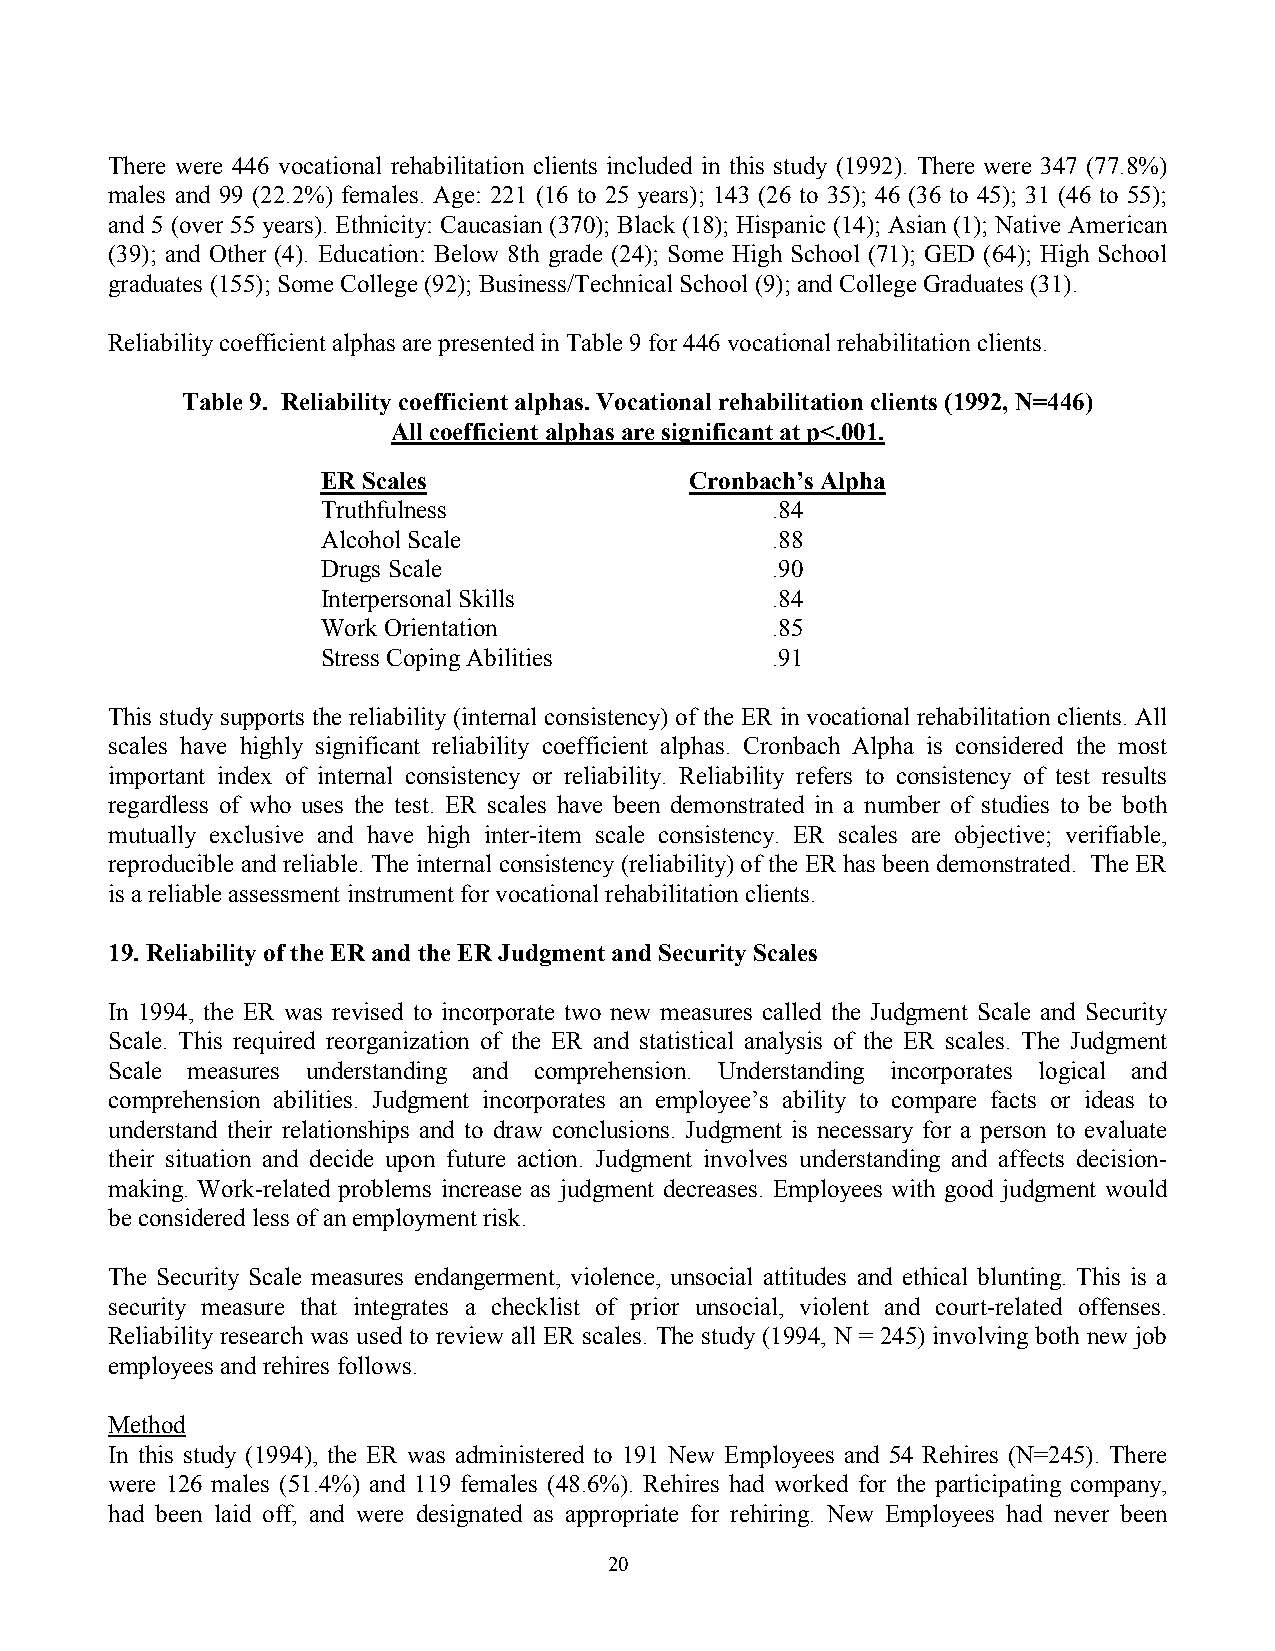
There were 446 vocational rehabilitation clients included in this study (1992). There were 347 (77.8%)
 males and 99 (22.2%) females. Age: 221 (16 to 25 years); 143 (26 to 35); 46 (36 to 45); 31 (46 to 55);
 and 5 (over 55 years). Ethnicity: Caucasian (370); Black (18); Hispanic (14); Asian (1); Native American
 (39); and Other (4). Education: Below 8th grade (24); Some High School (71); GED (64); High School
 graduates (155); Some College (92); Business/Technical School (9); and College Graduates (31).
 Reliability coefficient alphas are presented in Table 9 for 446 vocational rehabilitation clients.
 Table 9. Reliability coefficient alphas. Vocational rehabilitation clients (1992, N=446)
 All coefficient alphas are significant at p<.001.
 ER Scales                Cronbach’s Alpha
 Truthfulness                  .84
 Alcohol Scale                 .88
 Drugs Scale                   .90
 Interpersonal Skills          .84
 Work Orientation              .85
 Stress Coping Abilities       .91
 This study supports the reliability (internal consistency) of the ER in vocational rehabilitation clients. All
 scales have highly significant reliability coefficient alphas. Cronbach Alpha is considered the most
 important index of internal consistency or reliability. Reliability refers to consistency of test results
 regardless of who uses the test. ER scales have been demonstrated in a number of studies to be both
 mutually exclusive and have high inter-item scale consistency. ER scales are objective; verifiable,
 reproducible and reliable. The internal consistency (reliability) of the ER has been demonstrated. The ER
 is a reliable assessment instrument for vocational rehabilitation clients.
 19. Reliability of the ER and the ER Judgment and Security Scales
 In 1994, the ER was revised to incorporate two new measures called the Judgment Scale and Security
 Scale. This required reorganization of the ER and statistical analysis of the ER scales. The Judgment
 Scale measures understanding and comprehension. Understanding incorporates logical and
 comprehension abilities. Judgment incorporates an employee’s ability to compare facts or ideas to
 understand their relationships and to draw conclusions. Judgment is necessary for a person to evaluate
 their situation and decide upon future action. Judgment involves understanding and affects decision-
 making. Work-related problems increase as judgment decreases. Employees with good judgment would
 be considered less of an employment risk.
 The Security Scale measures endangerment, violence, unsocial attitudes and ethical blunting. This is a
 security measure that integrates a checklist of prior unsocial, violent and court-related offenses.
 Reliability research was used to review all ER scales. The study (1994, N = 245) involving both new job
 employees and rehires follows.
 Method
 In this study (1994), the ER was administered to 191 New Employees and 54 Rehires (N=245). There
 were 126 males (51.4%) and 119 females (48.6%). Rehires had worked for the participating company,
 had been laid off, and were designated as appropriate for rehiring. New Employees had never been
 20